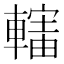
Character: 𨎜